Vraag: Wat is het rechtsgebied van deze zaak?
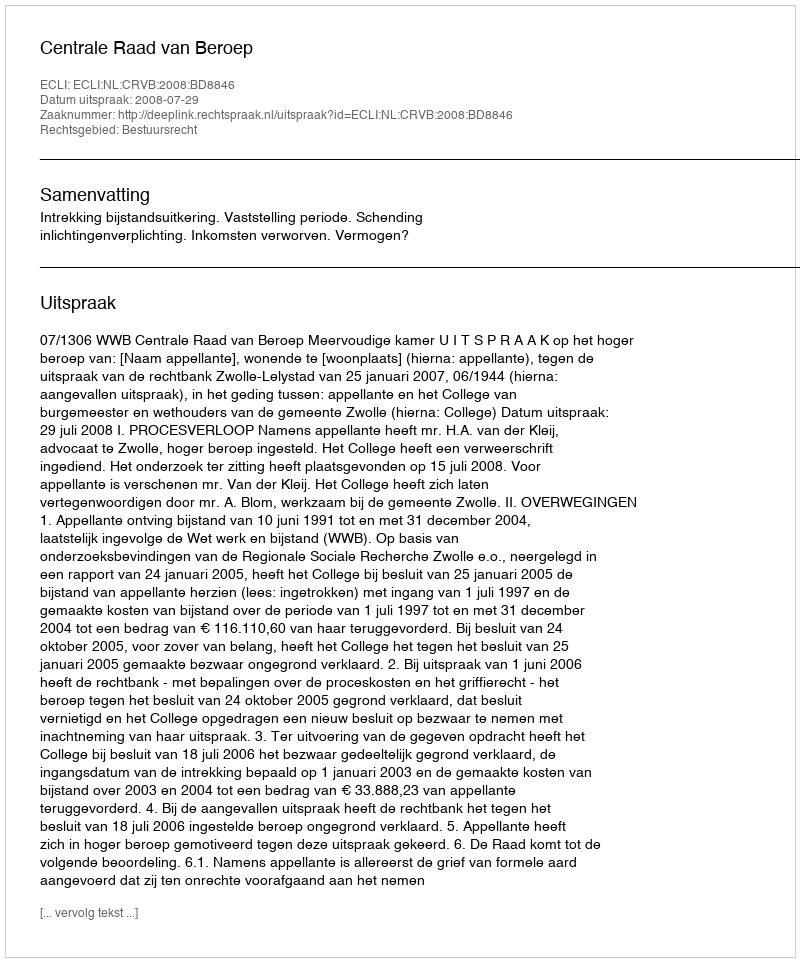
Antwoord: Bestuursrecht